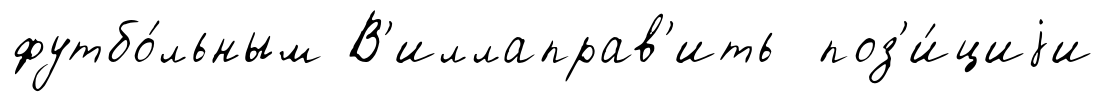
футбо́льным В'иллаправ'ить поз'и́циjи